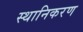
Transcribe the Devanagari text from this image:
स्थानिकरण